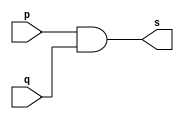
// ------------------------- 
// Exercicio0009 - AND	
// Nome: Rodrigo Arruda de Assis 
// ------------------------- 


// ------------------------- 
// -- and gate 
// ------------------------- 
	module andgate ( output s, 
	input p, 
	input q); 
	assign s = p & q ; 
	endmodule // nandgate 

// --------------------- 
// -- test and gate 
// --------------------- 
	module testandgate; 

// ------------------------- dados locais 
	reg a, b, c; // definir registradores 
	wire s, s1; // definir conexao (fio) 
	
// ------------------------- instancia 
	andgate AND1 (s1, a, b); 
	andgate AND2 (s, s1, c);
	
// ------------------------- preparacao 
	initial begin:start 
// atribuicao simultanea 
// dos valores iniciais 
	a=0; b=0; c=0; 
end 
// ------------------------- parte principal 
	initial begin 
	$display("Exercicio0009 - Rodrigo Arruda de Assis - 427460"); 
	$display("Test AND gate"); 
	$display("\na &  b & c = s\n"); 
		a=0; b=0; c=0; 
	#1 $display("%b & %b & %b = %b", a, b, c, s); 
		a=0; b=0; c=1; 
	#1 $display("%b & %b & %b = %b", a, b, c, s); 
		a=0; b=1; c=0; 
	#1 $display("%b & %b & %b = %b", a, b, c, s); 
		a=0; b=1; c=1; 
	#1 $display("%b & %b & %b = %b", a, b, c, s); 
		a=1; b=0; c=0; 
	#1 $display("%b & %b & %b = %b", a, b, c, s);
		a=1; b=0; c=1; 
	#1 $display("%b & %b & %b = %b", a, b, c, s);
		a=1; b=1; c=0; 
	#1 $display("%b & %b & %b = %b", a, b, c, s);
		a=1; b=1; c=1; 
	#1 $display("%b & %b & %b = %b", a, b, c, s);
end 
endmodule // testandgate